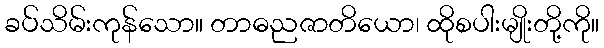
ခပ်သိမ်းကုန်သော။ တာဓညဇာတိယော၊ ထိုစပါးမျိုးတို့ကို။